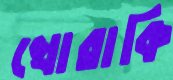
খোরাকি